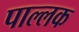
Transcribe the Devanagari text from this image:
पाल्लक